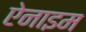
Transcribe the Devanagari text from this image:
ऐनाइम